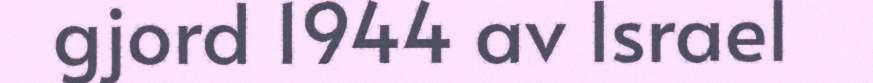
gjord 1944 av Israel